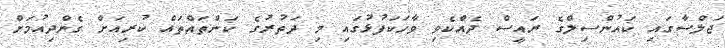
ޖަލްސާގައި ކައުންސިލްގެ ރައީސް ދެއްކެވި ވާހަކަފުޅުގައި މި ދަތުރުގެ ކަންތައްތައް ކުރިއަށް ގެންދިއުމަށް